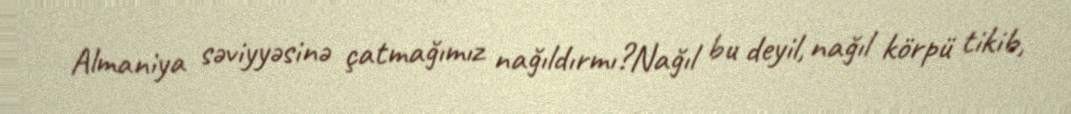
Almaniya səviyyəsinə çatmağımız nağıldırmı?Nağıl bu deyil, nağıl körpü tikib,